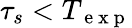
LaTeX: \tau_{s}<T_{\mathrm{~e~x~p~}}